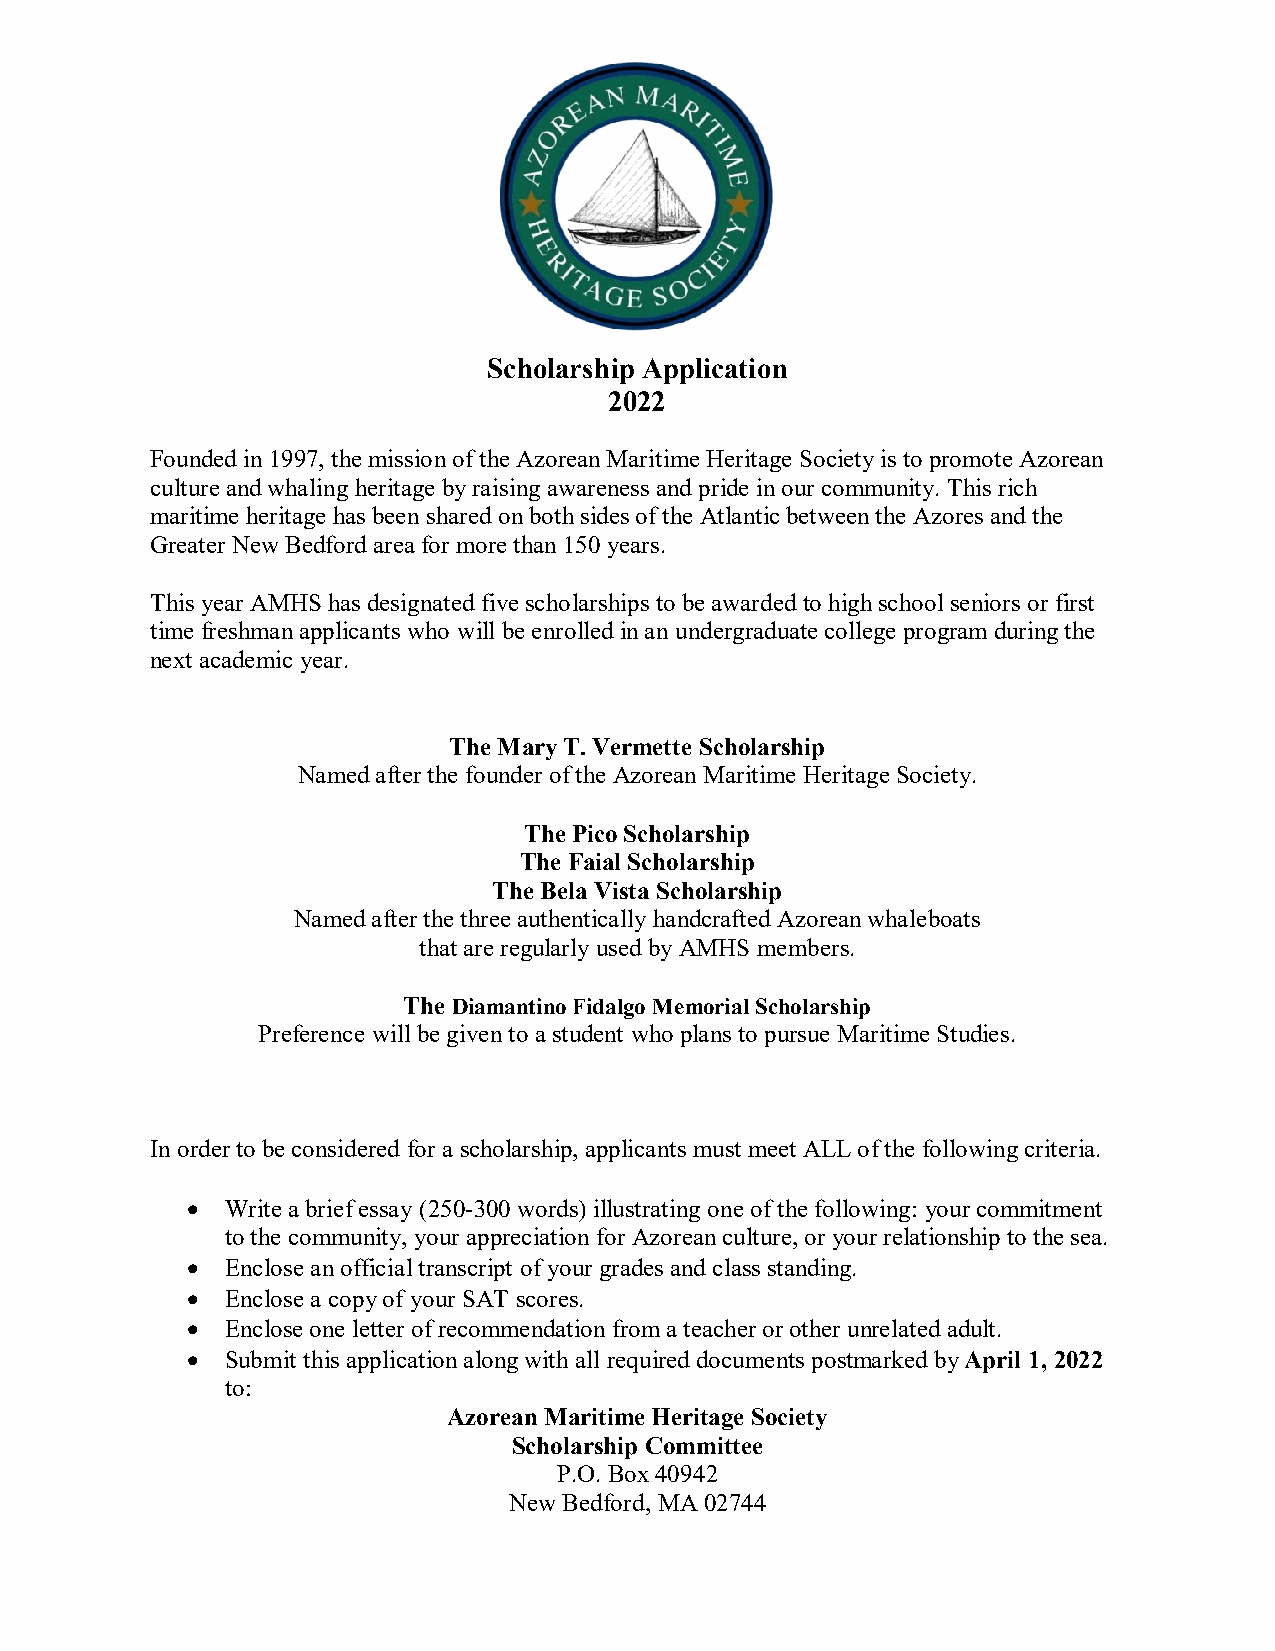
Scholarship Application
 2022
 Founded in 1997, the mission of the Azorean Maritime Heritage Society is to promote Azorean
 culture and whaling heritage by raising awareness and pride in our community. This rich
 maritime heritage has been shared on both sides of the Atlantic between the Azores and the
 Greater New Bedford area for more than 150 years.
 This year AMHS has designated five scholarships to be awarded to high school seniors or first
 time freshman applicants who will be enrolled in an undergraduate college program during the
 next academic year.
 The Mary T. Vermette Scholarship
 Named after the founder of the Azorean Maritime Heritage Society.
 The Pico Scholarship
 The Faial Scholarship
 The Bela Vista Scholarship
 Named after the three authentically handcrafted Azorean whaleboats
 that are regularly used by AMHS members.
 The Diamantino Fidalgo Memorial Scholarship
 Preference will be given to a student who plans to pursue Maritime Studies.
 In order to be considered for a scholarship, applicants must meet ALL of the following criteria.
   Write a brief essay (250-300 words) illustrating one of the following: your commitment
 to the community, your appreciation for Azorean culture, or your relationship to the sea.
   Enclose an official transcript of your grades and class standing.
   Enclose a copy of your SAT scores.
   Enclose one letter of recommendation from a teacher or other unrelated adult.
   Submit this application along with all required documents postmarked by April 1, 2022
 to:
 Azorean Maritime Heritage Society
 Scholarship Committee
 P.O. Box 40942
 New Bedford, MA 02744